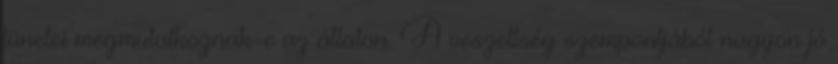
tünetei megmutatkoznak-e az állaton. A veszettség szempontjából nagyon jó